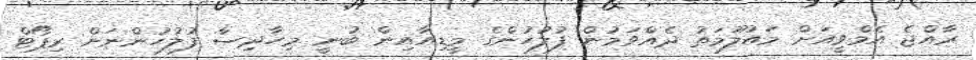
ރާއްޖެ އެމްވީއަށް މައުލޫމަތު ދެއްވަމުން ފުލުހުންގެ މީޑިއާއިން ބުނީ މިހާދިސާ ފުލުހުންނަށް ރިޕޯޓް